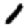
Digit: 1